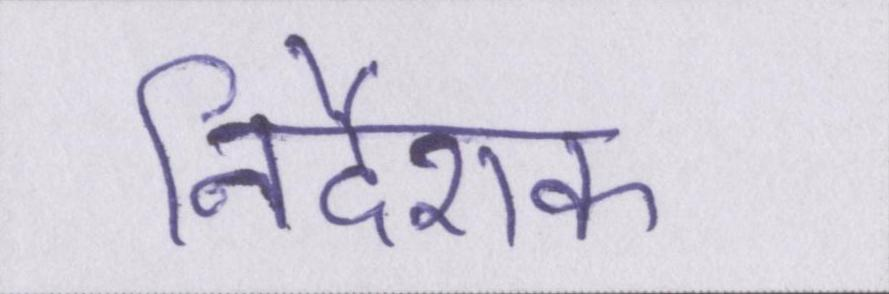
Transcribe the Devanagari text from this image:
निर्देशक